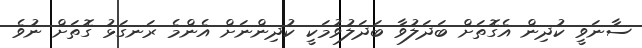
ސާނަވީ ކުދިން އެގޮތަށް ބަދަލުވާ ބަދަލުވުމަކީ ކުދިންނަށް އެންމެ ރަނގަޅު ގޮތަށް ނުވެ